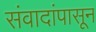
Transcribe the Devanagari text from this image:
संवादांपासून